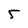
Character: 5